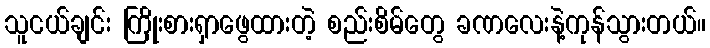
သူငယ်ချင်း ကြိုးစားရှာဖွေထားတဲ့ စည်းစိမ်တွေ ခဏလေးနဲ့ကုန်သွားတယ်။